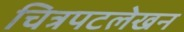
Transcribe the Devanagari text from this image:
चित्रपटलेखन